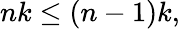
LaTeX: nk\leq(n-1)k,